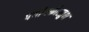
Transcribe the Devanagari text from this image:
पंचांगकौस्तुभ